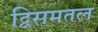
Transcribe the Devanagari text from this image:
द्विसमतल